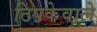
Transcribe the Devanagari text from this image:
ठिपकेवाले